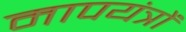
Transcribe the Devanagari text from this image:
मापयंत्रों